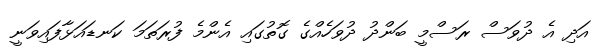
އަދި އެ ދުވަސް ރަސްމީ ބަންދު ދުވަހެއްގެ ގޮތުގައި އެންމެ ފުރަތަމަ ކަނޑައަޅާފައިވަނީ